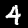
Digit: 4